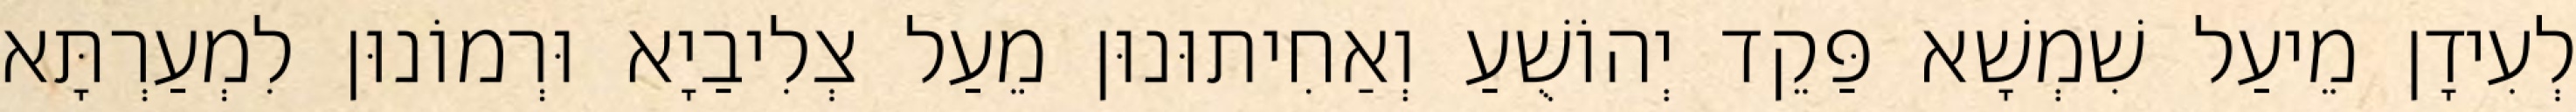
לְעִידָן מֵיעַל שִׁמְשָׁא פַּקֵד יְהוֹשֻׁעַ וְאַחִיתוּנוּן מֵעַל צְלִיבַיָא וּרְמוֹנוּן לִמְעַרְתָּא